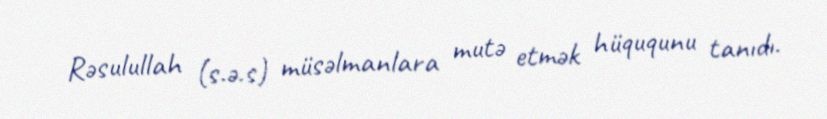
Rəsulullah (s.ə.s) müsəlmanlara mutə etmək hüququnu tanıdı.